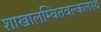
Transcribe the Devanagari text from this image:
शाखालम्बितवल्कलस्य